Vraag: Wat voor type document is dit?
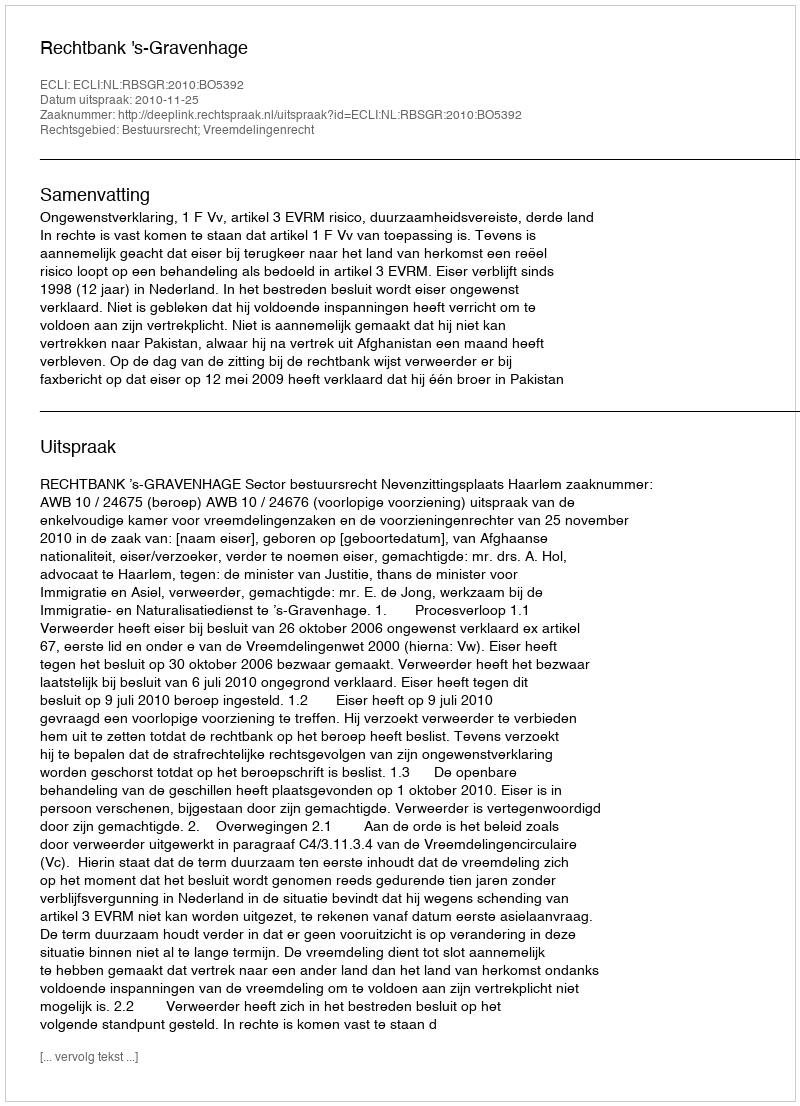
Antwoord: Uitspraak